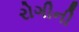
રોગીની